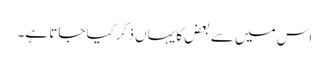
اس میں سے بعض کا یہاں ذکر کیا جاتا ہے۔